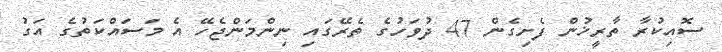
ސޮއިކުރާ ތާރީޚުން ފެށިގެން 47 ދުވަހުގެ ތެރޭގައި ނިންމަންޖެހޭ އެ މަސައްކަތުގެ އަގު